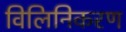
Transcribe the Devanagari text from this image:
विलिनिकरण